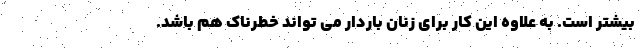
بیشتر است. به علاوه این کار برای زنان باردار می تواند خطرناک هم باشد.